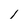
Character: I